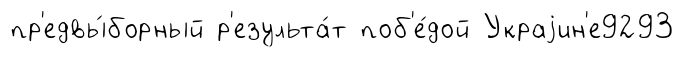
пр'едвы́борный р'езульта́т поб'е́дой Украjин'е9293